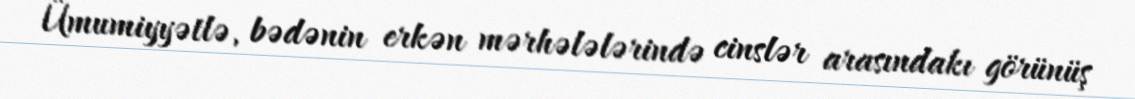
Ümumiyyətlə, bədənin erkən mərhələlərində cinslər arasındakı görünüş